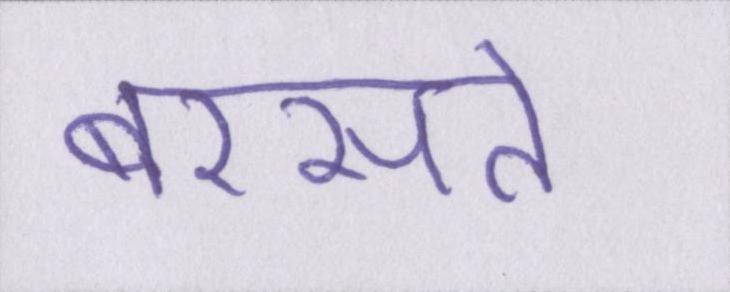
बरसते